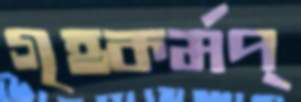
গৃহকর্মপ্